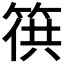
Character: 𥯏